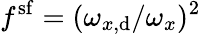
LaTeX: f^{\mathrm{sf}}=(\omega_{x,\mathrm{d}}/\omega_{x})^{2}